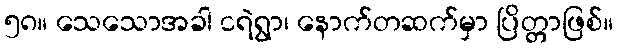
၅၈။ သေသောအခါ ငရဲရွာ၊ နောက်တဆက်မှာ ပြိတ္တာဖြစ်။